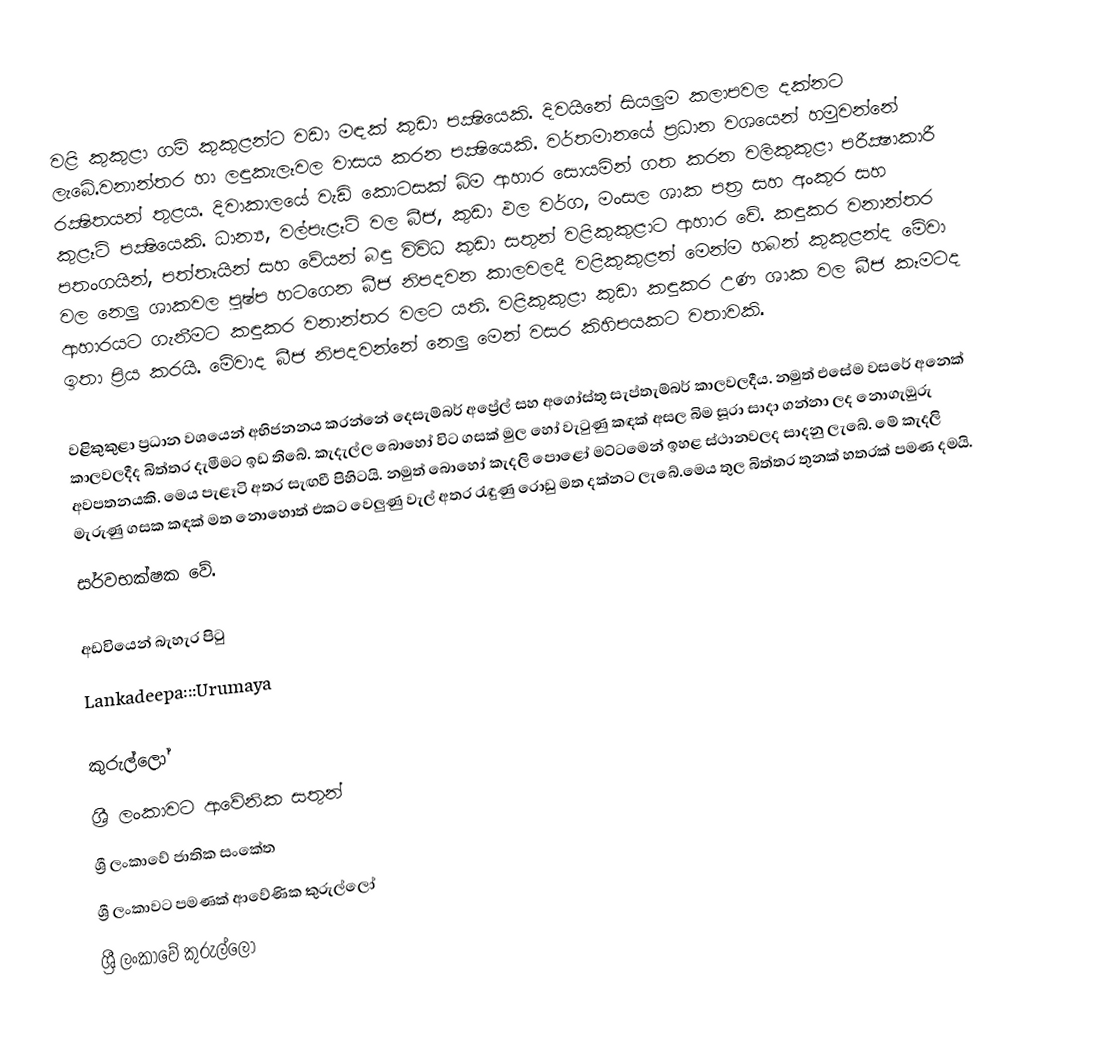
වළි කුකුළා ගම් කුකුළන්ට වඩා මඳක් කුඩා පක්‍ෂියෙකි. දිවයිනේ සියලුම කලාපවල දක්නට ලැබේ.වනාන්තර හා ලඳුකැලෑවල වාසය කරන පක්‍ෂියෙකි. වර්තමානයේ ප්‍රධාන වශයෙන් හමුවන්නේ රක්‍ෂිතයන් තුළය. දිවාකාලයේ වැඩි කොටසක් බිම ආහාර සොයමින් ගත කරන වලිකුකුළා පරීක්‍ෂාකාරී කුළෑටි පක්‍ෂියෙකි. ධාන්‍ය, වල්පැළෑටි වල බීජ, කුඩා ඵල වර්ග, මංසල ශාක පත්‍ර සහ අංකුර සහ පතංගයින්, පත්තෑයින් සහ වේයන් බඳු විවිධ කුඩා සතුන් වළිකුකුළාට ආහාර වේ. කඳුකර වනාන්තර වල නෙලු ශාකවල පුෂ්ප හටගෙන බීජ නිපදවන කාලවලදී වළිකුකුළන් මෙන්ම හබන් කුකුළන්ද මේවා ආහාරයට ගැනීමට කඳුකර වනාන්තර වලට යති. වළිකුකුළා කුඩා කඳුකර උණ ශාක වල බීජ කෑමටද ඉතා ප්‍රිය කරයි. මේවාද බීජ නිපදවන්නේ නෙලු මෙන් වසර කිහිපයකට වතාවකි.

වළිකුකුළා ප්‍රධාන වශ‍යෙන් අභිජනනය කරන්නේ දෙසැම්බර් අප්‍රේල් සහ අගෝස්තු සැප්තැම්බර් කාලවලදීය. නමුත්  එසේම වසරේ අනෙක් කාලවලදීද බිත්තර දැමීමට ඉඩ තිබේ. කැදැල්ල බොහෝ විට ගසක් මුල හෝ වැටුණු කඳක් අසල බිම සූරා සාදා ගන්නා ලද නොගැඔුරු අවපතනයකි. මෙය පැළෑටි අතර සැඟවී පිහිටයි. නමුත් බොහෝ කැදලි පොළෝ මට්ටමෙන් ඉහළ ස්ථානවලද සාදනු ලැබේ. මේ කැදලි මැරුණු ගසක කඳක් මත නොහොත් එකට වෙලුණු වැල් අතර රැඳුණු රොඩු මත දක්නට ලැබේ.මෙය තුල බිත්තර තුනක් හතරක් පමණ දමයි.
සර්වභක්ෂක වේ.

අඩවියෙන් බැහැර පිටු
 Lankadeepa:::Urumaya

කුරුල්ලෝ
ශ්‍රී ලංකා‍වට ආවේනික සතුන්
ශ්‍රී ලංකාවේ ජාතික සංකේත
ශ්‍රී ලංකා‍වට පමණක් ආවේණික කුරුල්ලෝ
ශ්‍රී ලංකාවේ කුරුල්ලෝ